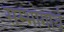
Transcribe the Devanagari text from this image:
सम्भोगार्थ